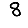
Digit: 8